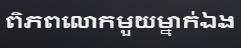
ពិភពលោកមួយម្នាក់ឯង